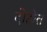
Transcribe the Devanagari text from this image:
दोहोत